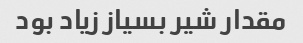
مقدار شیر بسیاز زیاد بود